Vital statistics of India. Vol. VI, European troops 1870-79
Year: 1870
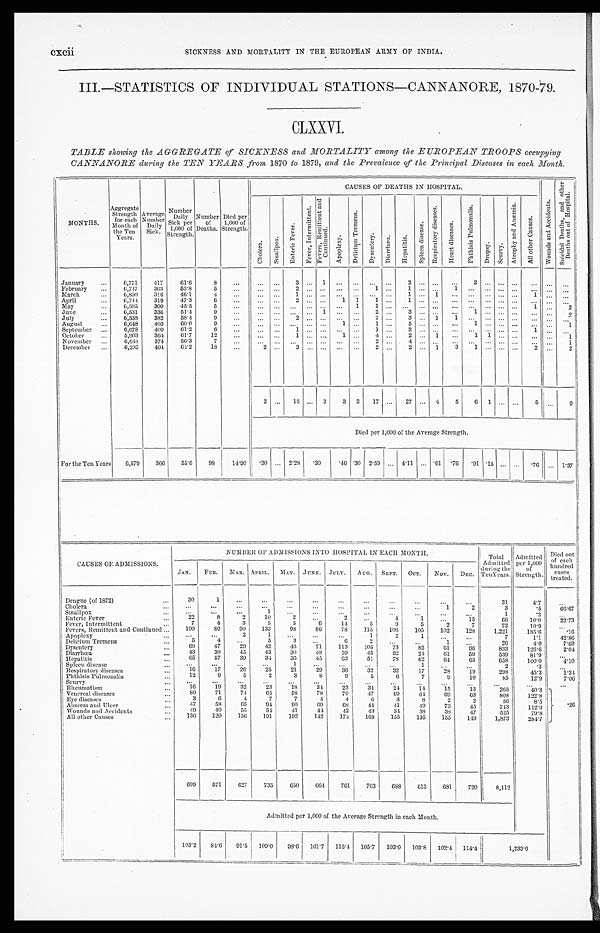
cxcii SICKNESS AND MORTALITY IN THE EUROPEAN ARMY OF INDIA.
III.—STATISTICS OF INDIVIDUAL STATIONS—CANNANORE, 187O79.
CLXXVI.
TABLE showing the AGGREGATE of SICKNESS and MORTALITY among the EUROPEAN TROOPS occupying
CANNANORE during the TEN YEARS from 1870 to 1879, and the Prevalence of the Principal Diseases in each Month.
MONTHS.
Ag g r e g a t e S t r e n g t h f o r e a c h Mo n t h o f t h e Te n Ye a r s .
Aver age Number Dai l y Si ck.
Nu mb e r Da i l y Si c k p e r 1 , 0 0 0 o f St r e n g t h .
Number of Deaths. Di ed per 1, 000 of St rengt h.
CAUSES OF DEATHS IN HOSPITAL.
W o u n d s a n d A c c i d e n t s .
S u i c i d a l D e a t h s , a n d o t h e r D e a t h s o u t o f H o s p i t a l .
C h o l e r a .
S m a l l p o x .
E n t e r i c F e v e r .
F e v e r , I n t e r m i t t e n t .
F e v e r s , R e m i t t e n t a n d C o n t i n u e d .
A p o p l e x y .
D e l i r i u m T r e me n s .
D y s e n t e r y .
D i a r r h œ a .
H e p a t i t i s .
S p l e e n d i s e a s e .
R e s p i r a t o r y d i s e a s e s .
H e a r t d i s e a s e s .
P h t h i s i s P u l m o n a l i s .
D r o p s y . Seur vy.
A t r o p h y a n d A n æ m i a .
A l l o t h e r C a u s e s .
January
6 , 7 7 1
4 1 7
6 1 . 6
8
. . .
. . .
. . .
3
. . .
1
. . .
. . .
. . .
. . .
2
. . .
. . .
. . .
2
. . .
. . .
. . .
. . .
. . .
. . .
February
6 , 7 4 7
3 6 3
5 3 . 8
5
. . .
. . .
. . .
2
. . .
. . .
. . .
. . .
1
. . .
1
. . .
. . .
1
. . .
. . .
. . . . . .
. . .
. . .
. . .
March
6 , 8 5 0
3 1 6
4 6 . 1
4
. . .
. . .
. . .
1
. . .
. . .
. . .
. . . . . .
. . .
1
. . .
1
. . .
. . .
. . .
. . . . . .
1
. . .
. . .
April
6 , 7 4 4
3 1 9
4 7 . 3
6
. . .
. . .
. . .
2
. . .
. . .
1
1
1
. . .
1
. . .
. . .
. . .
. . .
. . .
. . . . . .
. . .
. . .
. . .
May
6 , 5 9 5
3 0 0
4 5 . 5
5
. . .
. . .
. . . . . .
. . .
. . .
. . .
1
1
. . .
. . .
. . .
. . .
. . .
. . .
. . .
. . .
. . .
1
. . .
2
June
6 , 5 3 1
3 3 6
5 1 . 4
9
. . .
. . .
. . .
. . .
. . .
1
. . .
. . .
2
. . .
3
. . .
. . .
. . .
1
. . .
. . .
. . .
. . .
. . .
2
July
6 , 5 3 8
3 8 2
5 8 . 4
9
. . .
. . .
. . .
2
. . .
. . .
. . .
. . .
2
. . .
3
. . .
1
1
. . .
. . .
. . .
. . .
. . .
. . .
. . .
August
6 , 6 4 8
4 0 3
6 0 . 6
9
. . .
. . .
. . . . . .
. . .
. . .
1
. . .
1
. . .
5
. . .
. . .
. . .
1
. . .
. . .
. . .
. . .
. . .
1
September
6 , 6 7 8
4 0 9
6 1 . 2
6
. . .
. . .
. . .
1
. . .
. . .
. . .
. . .
1
. . .
3
. . .
. . .
. . .
. . .
. . .
. . . . . .
1
. . .
. . .
October
5 , 9 0 3
3 6 4
6 1 . 7
1 2
. . .
. . .
. . .
1
. . .
. . .
1
. . .
4
. . .
2
. . .
1
. . .
1
1
. . .
. . .
. . .
. . .
1
November
6 , 6 4 8
3 7 4
5 6 . 3
7
. . .
. . . . . .
. . .
. . .
. . .
. . .
. . .
2
. . .
4
. . .
. . .
. . .
. . .
. . .
. . . . . .
. . .
. . .
1
December
6 , 2 9 5
4 0 4
6 4 . 2
1 8
. . .
2
. . .
3
. . .
. . .
. . .
. . .
2
. . .
2
. . .
1
3
1
. . .
. . .
. . .
2
. . .
2
2
. . .
1 5
. . .
2
3
2
1 7
. . .
2 7
. . .
4
5
6
1
. . .
. . .
5
. . .
9
D i e d p e r 1 , 0 0 0 o f t h e A v e r a g e S t r e n g t h .
For the Ten Years.
6 , 5 7 9
3 6 6
5 5 . 6
9 8
1 4 . 9 0
. 3 0
. . .
2 . 2 8
. 3 0
. 4 6
. 3 0
2 . 5 9
. . .
4 . 1 1
. . .
. 6 1
. 7 6
. 9 1
. 1 5
. . . . . .
. 76
...
1 . 3 7
CAUSES OF ADMISSIONS.
NUMBER OF ADMISSIONS INTO HOSPITAL IN EACH MONTH.
T o t a l A d m i t t e d d u r i n g t h e T e n Y e a r s .
Admi t t ed per 1, 000 of St rengt h.
Di ed out of each hundr ed cas es t r eat ed.
JAN
FEB.
MAR. APRIL.
MAY. JUNE. JULY.
AUG. SEPT.
OCT.
NOV.
D E C .
Dengue (of 1872)
3 0
1
. . .
. . .
. . .
. . .
. . .
. . .
. . .
. . .
. . .
. . .
3 1
4 . 7
. . .
Cholera
. . .
. . .
. . .
. . .
. . .
. . .
. . .
. . .
. . .
. . .
1
2
3
. 5
6 6 . 6 7
Smallpox
. . .
. . .
. . .
1
. . .
. . .
. . .
. . .
. . .
. . .
. . .
. . .
1
. 2
. . .
Enteric Fever
2 2
8
2
1 0
2
. . .
2
. . .
4
1
. . .
1 5
6 6
1 0 . 0
2 2 . 7 3
Fever, Intermittent
7
4
3
5
5
6
1 4
5
9
5
2
7
7 2
1 0 . 9
. . .
Fevers, Remittent and Continued
1 0 0
8 0
9 0
1 3 3
9 8
8 6
7 8
1 1 5
1 0 6
1 0 5
1 0 2
1 2 8
1 , 2 2 1
1 8 5 . 6
. 1 6
Apoplexy
. . .
. . .
2
1
. . .
. . .
. . .
1
2
1
. . .
. . .
7
1 . 1
4 2 . 8 6
Delirium Tremens
5
4
. . .
5
3
. . .
6
2
. . .
. . .
1
. . .
2 6
4 . 0
7 . 6 9
Dysentery
6 8
4 7
2 9
4 2
4 6
7 1
1 1 3
1 0 5
7 3
8 2
6 1
9 6
8 3 3
1 2 6 . 6
2 . 0 4
Diarrhœa
4 3
3 0
4 5
4 3
3 0
4 8
5 9
4 5
5 2
2 4
6 1
5 9
5 3 9
8 1 . 9
. . .
Hepat i t i s
6 5
5 7
3 9
3 4
3 5
4 5
6 3
5 1
7 8
6 2
6 4
6 5
6 5 8
1 0 0 . 0
4 . 1 0
Spleen disease
. . .
. . .
. . .
. . .
1
. . .
. . .
. . .
. . .
1
. . .
. . .
2
. 3
. . .
Respiratory diseases
1 6
1 7
2 6
2 5
2 1
2 9
3 6
3 2
3 2
1 7
2 8
1 9
2 9 8
4 5 . 3
1 . 3 4
Phthisis Pulmonalis
1 2
9
5
2
3
8
9
5
6
7
9
1 0
8 5
1 2 . 9
7 . 0 6
Seurvy
. . .
. . .
. . .
. . .
. . .
. . .
. . .
. . .
. . .
. . .
. . .
. . .
. . .
. . .
. . .
Rheumatism
1 6
1 9
3 2
2 3
1 8
3 4
2 3
3 4
2 4
1 4
1 5
1 3
2 6 5
4 0 . 3
. 2 6
Venereal diseases
8 0
7 1
7 4
6 5
5 8
7 8
7 0
4 7
6 9
6 4
6 9
6 3
8 0 8
1 2 2 . 8
Eye diseases
3
6
4
7
7
4
4
6
3
8
2
2
5 6
8 . 5
Abscess and Ulcer
4 7
5 8
6 5
9 4
9 0
6 9
6 8
4 4
4 1
4 9
7 3
4 5
7 4 3
1 1 2 . 9
Wo u n d s a n d A c c i d e n t s
4 9
4 0
5 5
5 4
4 1
4 4
4 2
4 3
3 4
3 8
3 8
4 7
5 2 5
7 9 . 8
All other Causes
1 3 6
1 2 0
1 5 6
1 9 1
1 9 2
1 4 2
1 7 4
1 6 8
1 5 5
1 3 5
1 5 5
1 4 9
1 , 8 7 3
2 8 4 . 7
6 9 9
5 7 1
6 2 7
7 3 5
6 5 0
6 6 4
7 6 1
7 0 3
6 8 8
6 1 3
6 8 1
7 2 0
8 , 1 1 2
Admitted per 1,000 of the Average Strength in each Month.
1 0 3 . 2
8 4 . 6
9 1 . 5
1 0 9 . 0
9 8 . 6
1 0 1 . 7
1 1 6 . 4
1 0 5 . 7
1 0 3 . 0
1 0 3 . 8
1 0 2 . 4
1 1 4 . 4
1 , 2 3 3 . 0